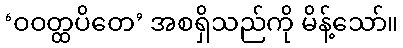
‘ဝဝတ္ထပိတေ’ အစရှိသည်ကို မိန့်သော်။